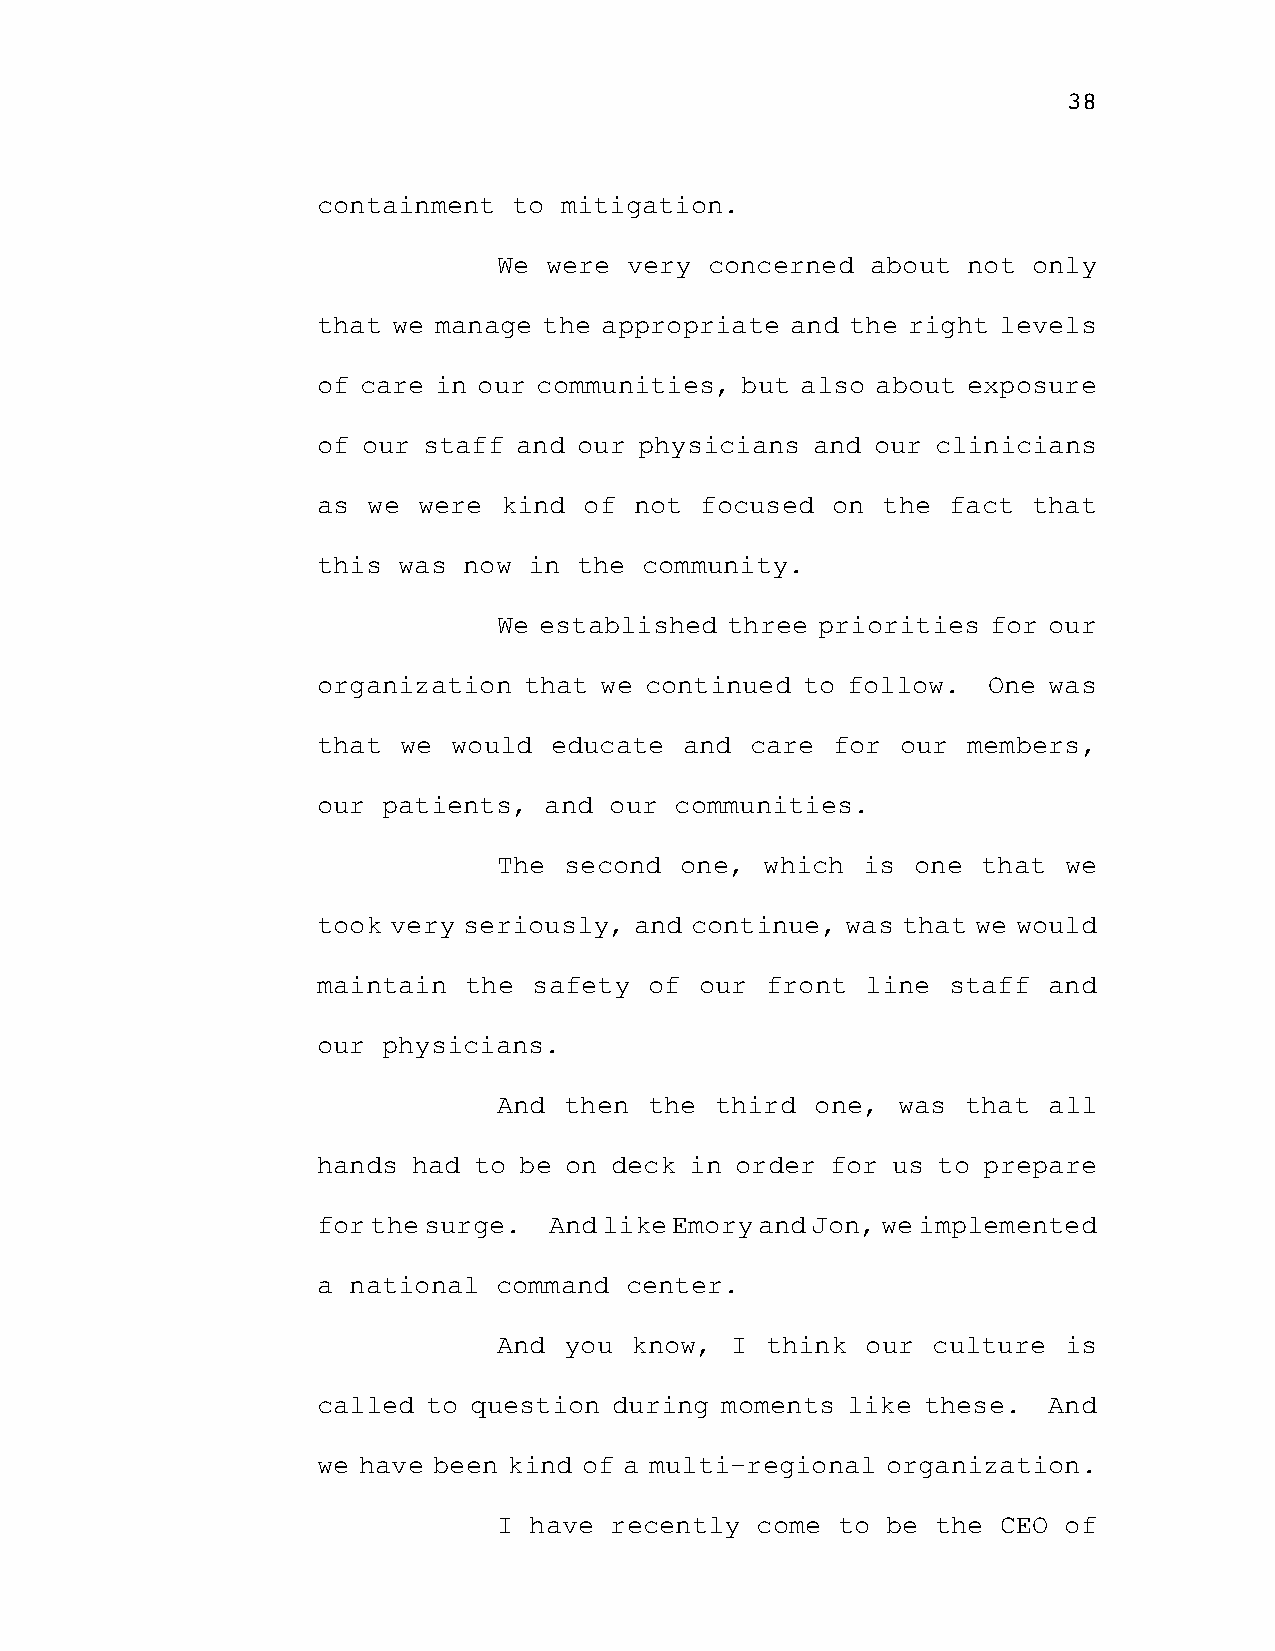
38
 containment  to mitigation.
 We were very  concerned  about not only
 that we manage the appropriate and the right levels
 of care in our communities, but also about exposure
 of our staff and our physicians  and our clinicians
 as we  were kind  of not focused  on the  fact that
 this was  now in the  community.
 We established three priorities  for our
 organization  that we continued to follow.  One was
 that we  would educate  and  care for  our members,
 our patients,  and our  communities.
 The second  one,  which is  one that we
 took very seriously, and continue, was that we would
 maintain  the safety  of our  front line  staff and
 our physicians.
 And then  the third  one, was  that all
 hands had to be on deck  in order for us to prepare
 for the surge. And like Emory and Jon, we implemented
 a national  command center.
 And you  know, I  think our  culture is
 called to question  during moments like these.  And
 we have been kind of a multi-regional organization.
 I have recently  come to  be the CEO of